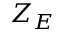
Z _ { E }